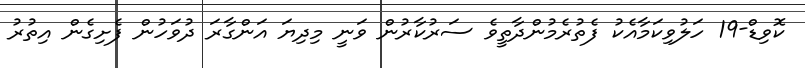
ކޮވިޑް-19 ހަލުވިކަމާއެކު ފެތުރެމުންދާތީވެ ސަރުކާރުން ވަނީ މިިދިޔަ އަންގާރަ ދުވަހުން ފެށިގެން އިތުރު